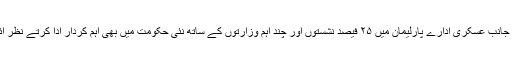
دوسری جانب عسکری ادارے پارلیمان میں ۲۵ فیصد نشستوں اور چند اہم وزارتوں کے ساتھ نئی حکومت میں بھی اہم کردار ادا کرتے نظر آئیں گے۔